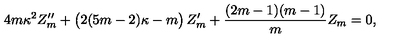
4 m \kappa ^ { 2 } Z _ { m } ^ { \prime \prime } + \left( \strut 2 ( 5 m - 2 ) \kappa - m \right) Z _ { m } ^ { \prime } + { \frac { ( 2 m - 1 ) ( m - 1 ) } { m } } Z _ { m } = 0 ,